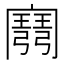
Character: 𢐭